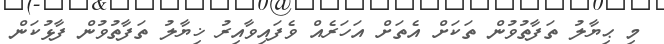
މި ޙިޔާލު ތަފާތުވުން ތަކަށް އެތަށް އަހަރެއް ވެފައިވާއިރު ޚިޔާލު ތަފާތުވުން ފާޅުކަން